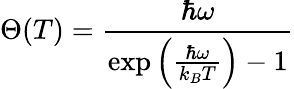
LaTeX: \Theta(T)=\frac{\hbar\omega}{\exp\Big(\frac{\hbar\omega}{k_{B}T}\Big)-1}